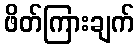
ဖိတ်ကြားချက်